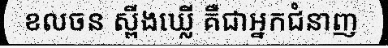
ខលចន ស្ពីងឃ្លើ គឺជាអ្នកជំនាញ